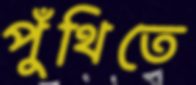
পুঁথিতে